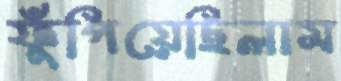
ফুঁপিয়েছিলাম